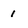
Character: I